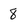
Character: 8